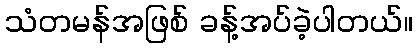
သံတမန်အဖြစ် ခန့်အပ်ခဲ့ပါတယ်။